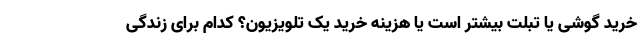
خرید گوشی یا تبلت بیشتر است یا هزینه خرید یک تلویزیون؟ کدام برای زندگی